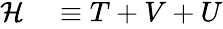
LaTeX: \begin{array}{rl}{\mathcal{H}}&{{}\equiv T+V+U}\end{array}